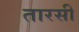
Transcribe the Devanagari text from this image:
तारसी